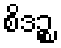
စိဒဉ္စ